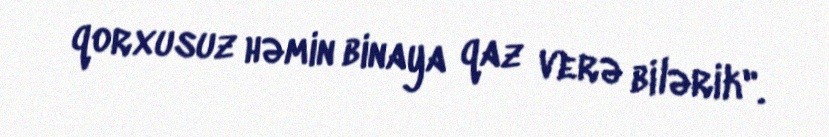
qorxusuz həmin binaya qaz verə bilərik".